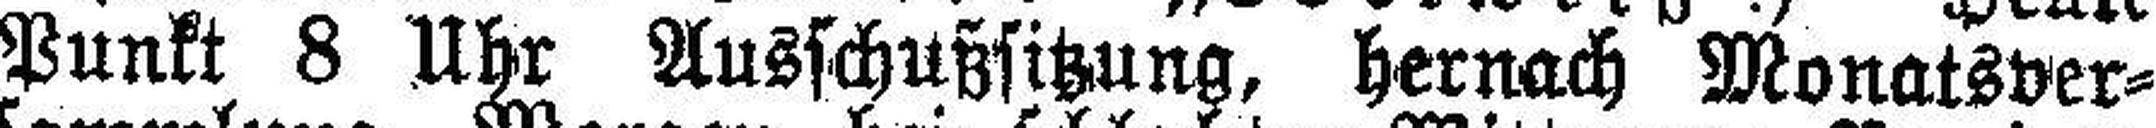
Punkt 8 Uhr Ausschußsitzung, hernach Monatsver¬